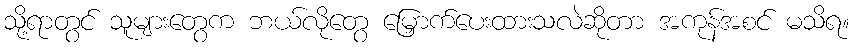
သို့ရာတွင် သူများတွေက ဘယ်လိုတွေ မြှောက်ပေးထားသလဲဆိုတာ အကုန်အစင် မသိရ။